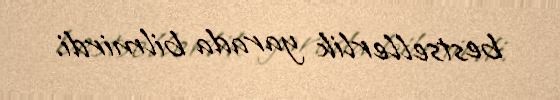
bestsellerlik yarada bilmirdi.